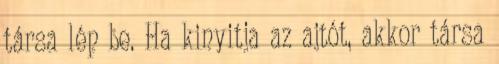
társa lép be. Ha kinyitja az ajtót, akkor társa